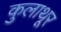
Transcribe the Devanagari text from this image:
कुलाथूर